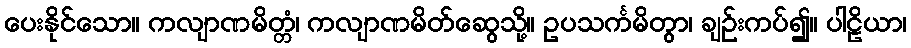
ပေးနိုင်သော။ ကလျာဏမိတ္တံ၊ ကလျာဏမိတ်ဆွေသို့။ ဥပသင်္ကမိတွာ၊ ချဉ်းကပ်၍။ ပါဠိယာ၊